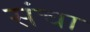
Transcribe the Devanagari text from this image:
संचा